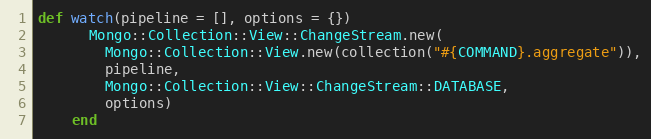
Language: Ruby
def watch(pipeline = [], options = {})
      Mongo::Collection::View::ChangeStream.new(
        Mongo::Collection::View.new(collection("#{COMMAND}.aggregate")),
        pipeline,
        Mongo::Collection::View::ChangeStream::DATABASE,
        options)
    end